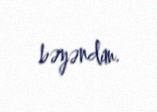
bəyəndim.